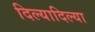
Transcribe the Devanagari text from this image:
दिल्यादिल्या